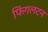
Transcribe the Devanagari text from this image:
फिंगलटन